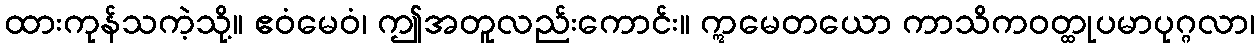
ထားကုန်သကဲ့သို့။ ဧဝံမေဝံ၊ ဤအတူလည်းကောင်း။ ဣမေတယော ကာသိကဝတ္ထုပမာပုဂ္ဂလာ၊